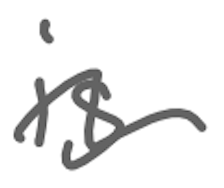
Text: is
Cross-out: wave
Writing tool: digital_gray